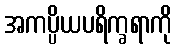
အကပ္ပိယပရိက္ခရာကို